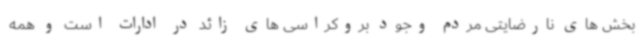
بخش های نارضایتی مردم وجود بروکراسی های زائد در ادارات است و همه